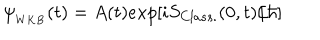
\psi _ { _ { W K B } } ( t ) = A ( t ) e x p [ i S _ { C l a s s . } ( 0 , t ) / \hbar ]